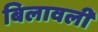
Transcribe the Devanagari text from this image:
बिलावली